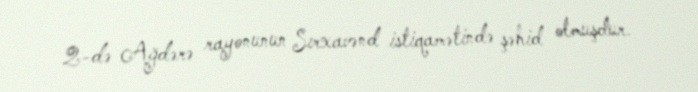
2-də Ağdərə rayonunun Sırxavənd istiqamətində şəhid olmuşdur.